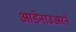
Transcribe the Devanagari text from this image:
आडेनाउअरने